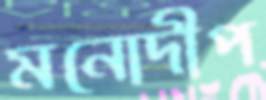
মনোদীপ